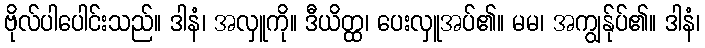
ဗိုလ်ပါပေါင်းသည်။ ဒါနံ၊ အလှူကို။ ဒီယိတ္ထ၊ ပေးလှူအပ်၏။ မမ၊ အကျွန်ုပ်၏။ ဒါနံ၊